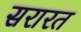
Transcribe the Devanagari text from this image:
सरारत